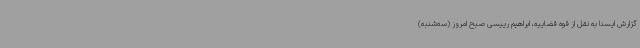
گزارش ایسنا به نقل از قوه قضاییه، ابراهیم رییسی صبح امروز (سه‌شنبه)